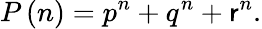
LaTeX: P\left(n\right)={p^{n}}+{q^{n}}+{\mathsf{r}^{n}}.